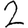
Digit: 2